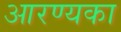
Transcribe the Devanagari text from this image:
आरण्यका